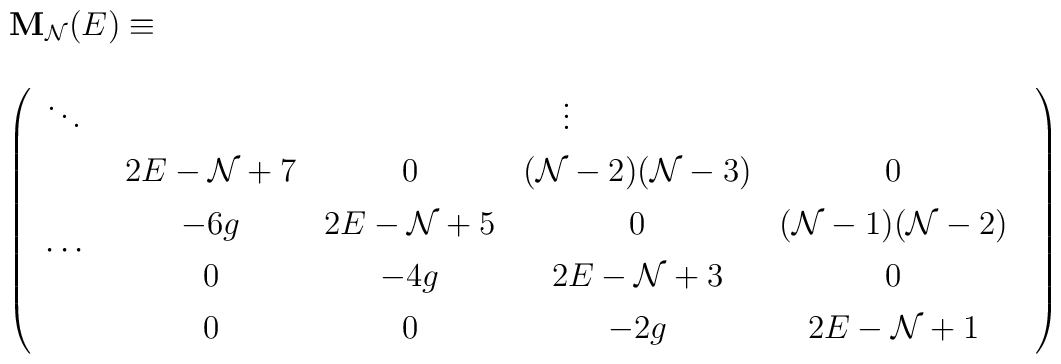
\begin{array}{l}{\bf M}_{{\cal N}}(E) \equiv \\\\\hspace*{-1pt}\left(\renewcommand{\arraystretch}{1.3}\begin{array}{cc}\ddots & \vdots \\\cdots & \begin{array}{cccc}2E-{\cal N}+ 7 & 0 & ({\cal N}-2)({\cal N}-3) & 0\\-6g& 2E-{\cal N}+5 & 0 & ({\cal N}-1)({\cal N}-2)\\0 &-4g & 2E-{\cal N}+3 &0\\0 &  0 & -2g & 2 E-{\cal N}+1 \end{array}\end{array}\right) \end{array}